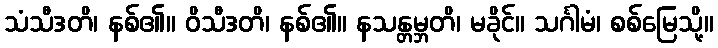
သံသီဒတိ၊ နစ်၏။ ဝိသီဒတိ၊ နစ်၏။ နသန္တမ္ဘတိ၊ မခိုင်။ သင်္ဂါမံ၊ စစ်မြေသို့။